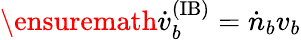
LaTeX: \ensuremath{\dot{v}_{b}^{\mathrm{(IB)}}}=\dot{n}_{b}v_{b}